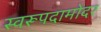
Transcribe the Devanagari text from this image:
स्वरूपदामोदर